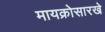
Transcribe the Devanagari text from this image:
मायक्रोसारखे